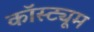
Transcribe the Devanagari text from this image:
कॉस्‍ट्यूम